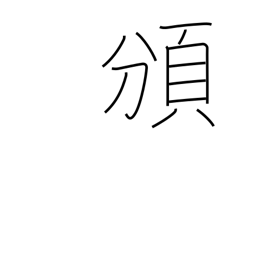
Meaning: distribute